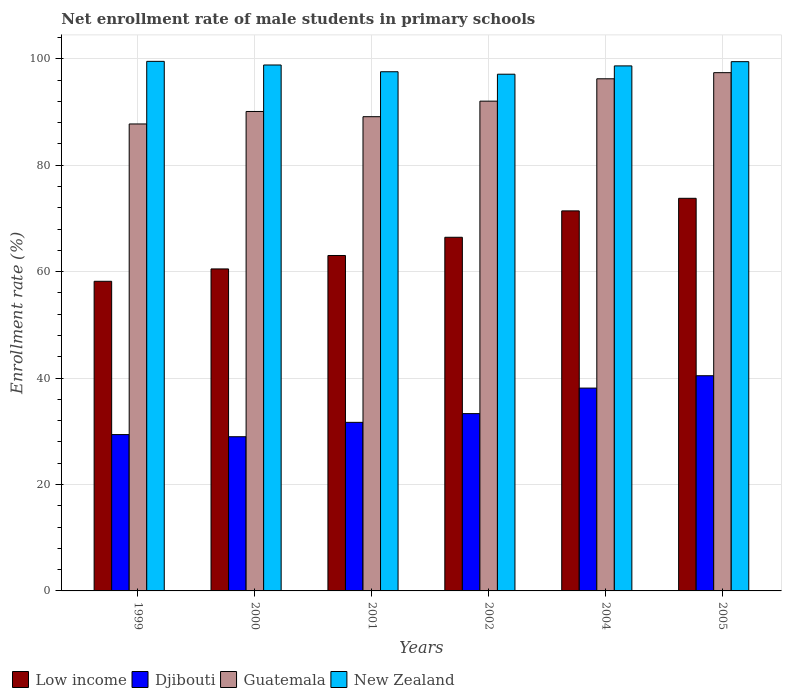
| Years | Low income | Djibouti | Guatemala | New Zealand |
 | --- | --- | --- | --- | --- |
 | 1999 | 58.2 | 29.4 | 87.8 | 99.5 |
 | 2000 | 60.5 | 29 | 90.1 | 98.8 |
 | 2001 | 63 | 31.7 | 89.1 | 97.6 |
 | 2002 | 66.5 | 33.3 | 92 | 97.1 |
 | 2004 | 71.4 | 38.1 | 96.3 | 98.7 |
 | 2005 | 73.8 | 40.4 | 97.4 | 99.5 |